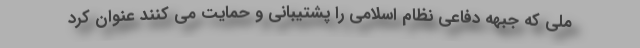
ملی که جبهه دفاعی نظام اسلامی را پشتیبانی و حمایت می کنند عنوان کرد